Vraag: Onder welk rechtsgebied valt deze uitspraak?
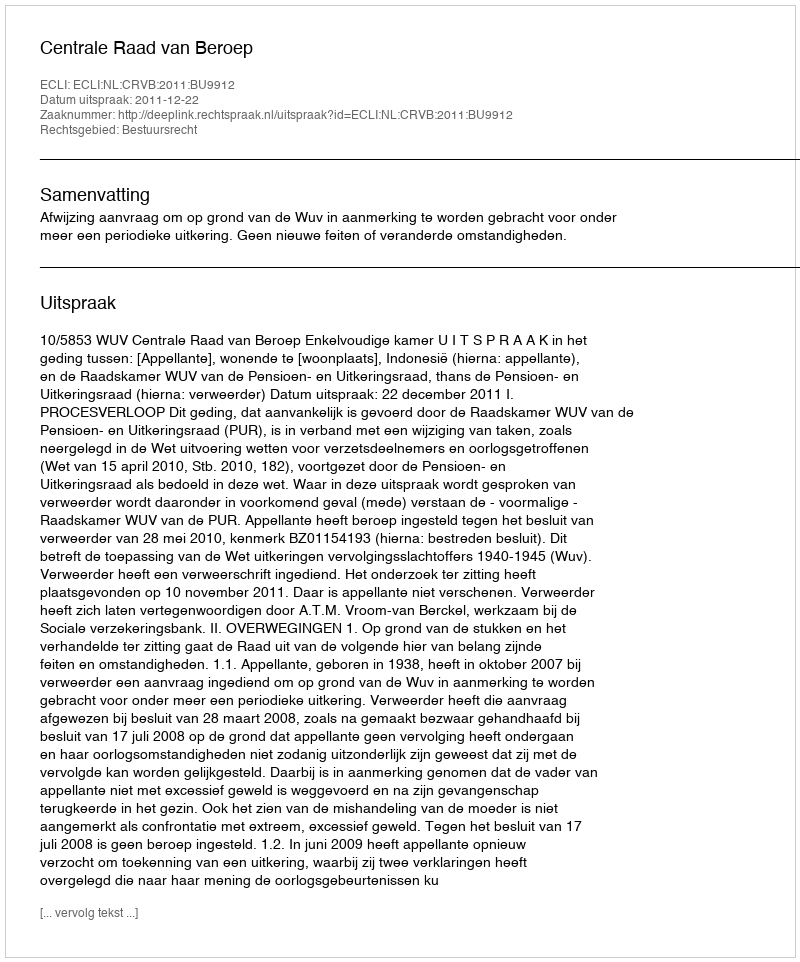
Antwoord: Bestuursrecht